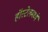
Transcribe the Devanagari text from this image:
हॉस्टेलमध्ये